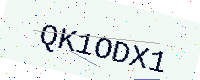
Text: QK1ODX1